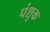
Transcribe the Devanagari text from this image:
पंशुक